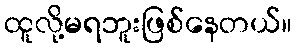
ထူလို့မရဘူးဖြစ်နေတယ်။